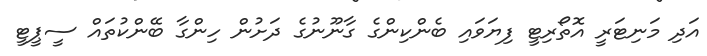
އަދި މަނިޓަރީ އޮތޯރިޓީ ފިޔަވައި ބެންކިންގެ ގާނޫނުގެ ދަށުން ހިންގާ ބޭންކުތައް ސީޕީޓީ